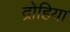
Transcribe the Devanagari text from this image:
द्रोहिया